38_143685_box_Incident_Summaries_173-233
Agency: Department of War
Page 100
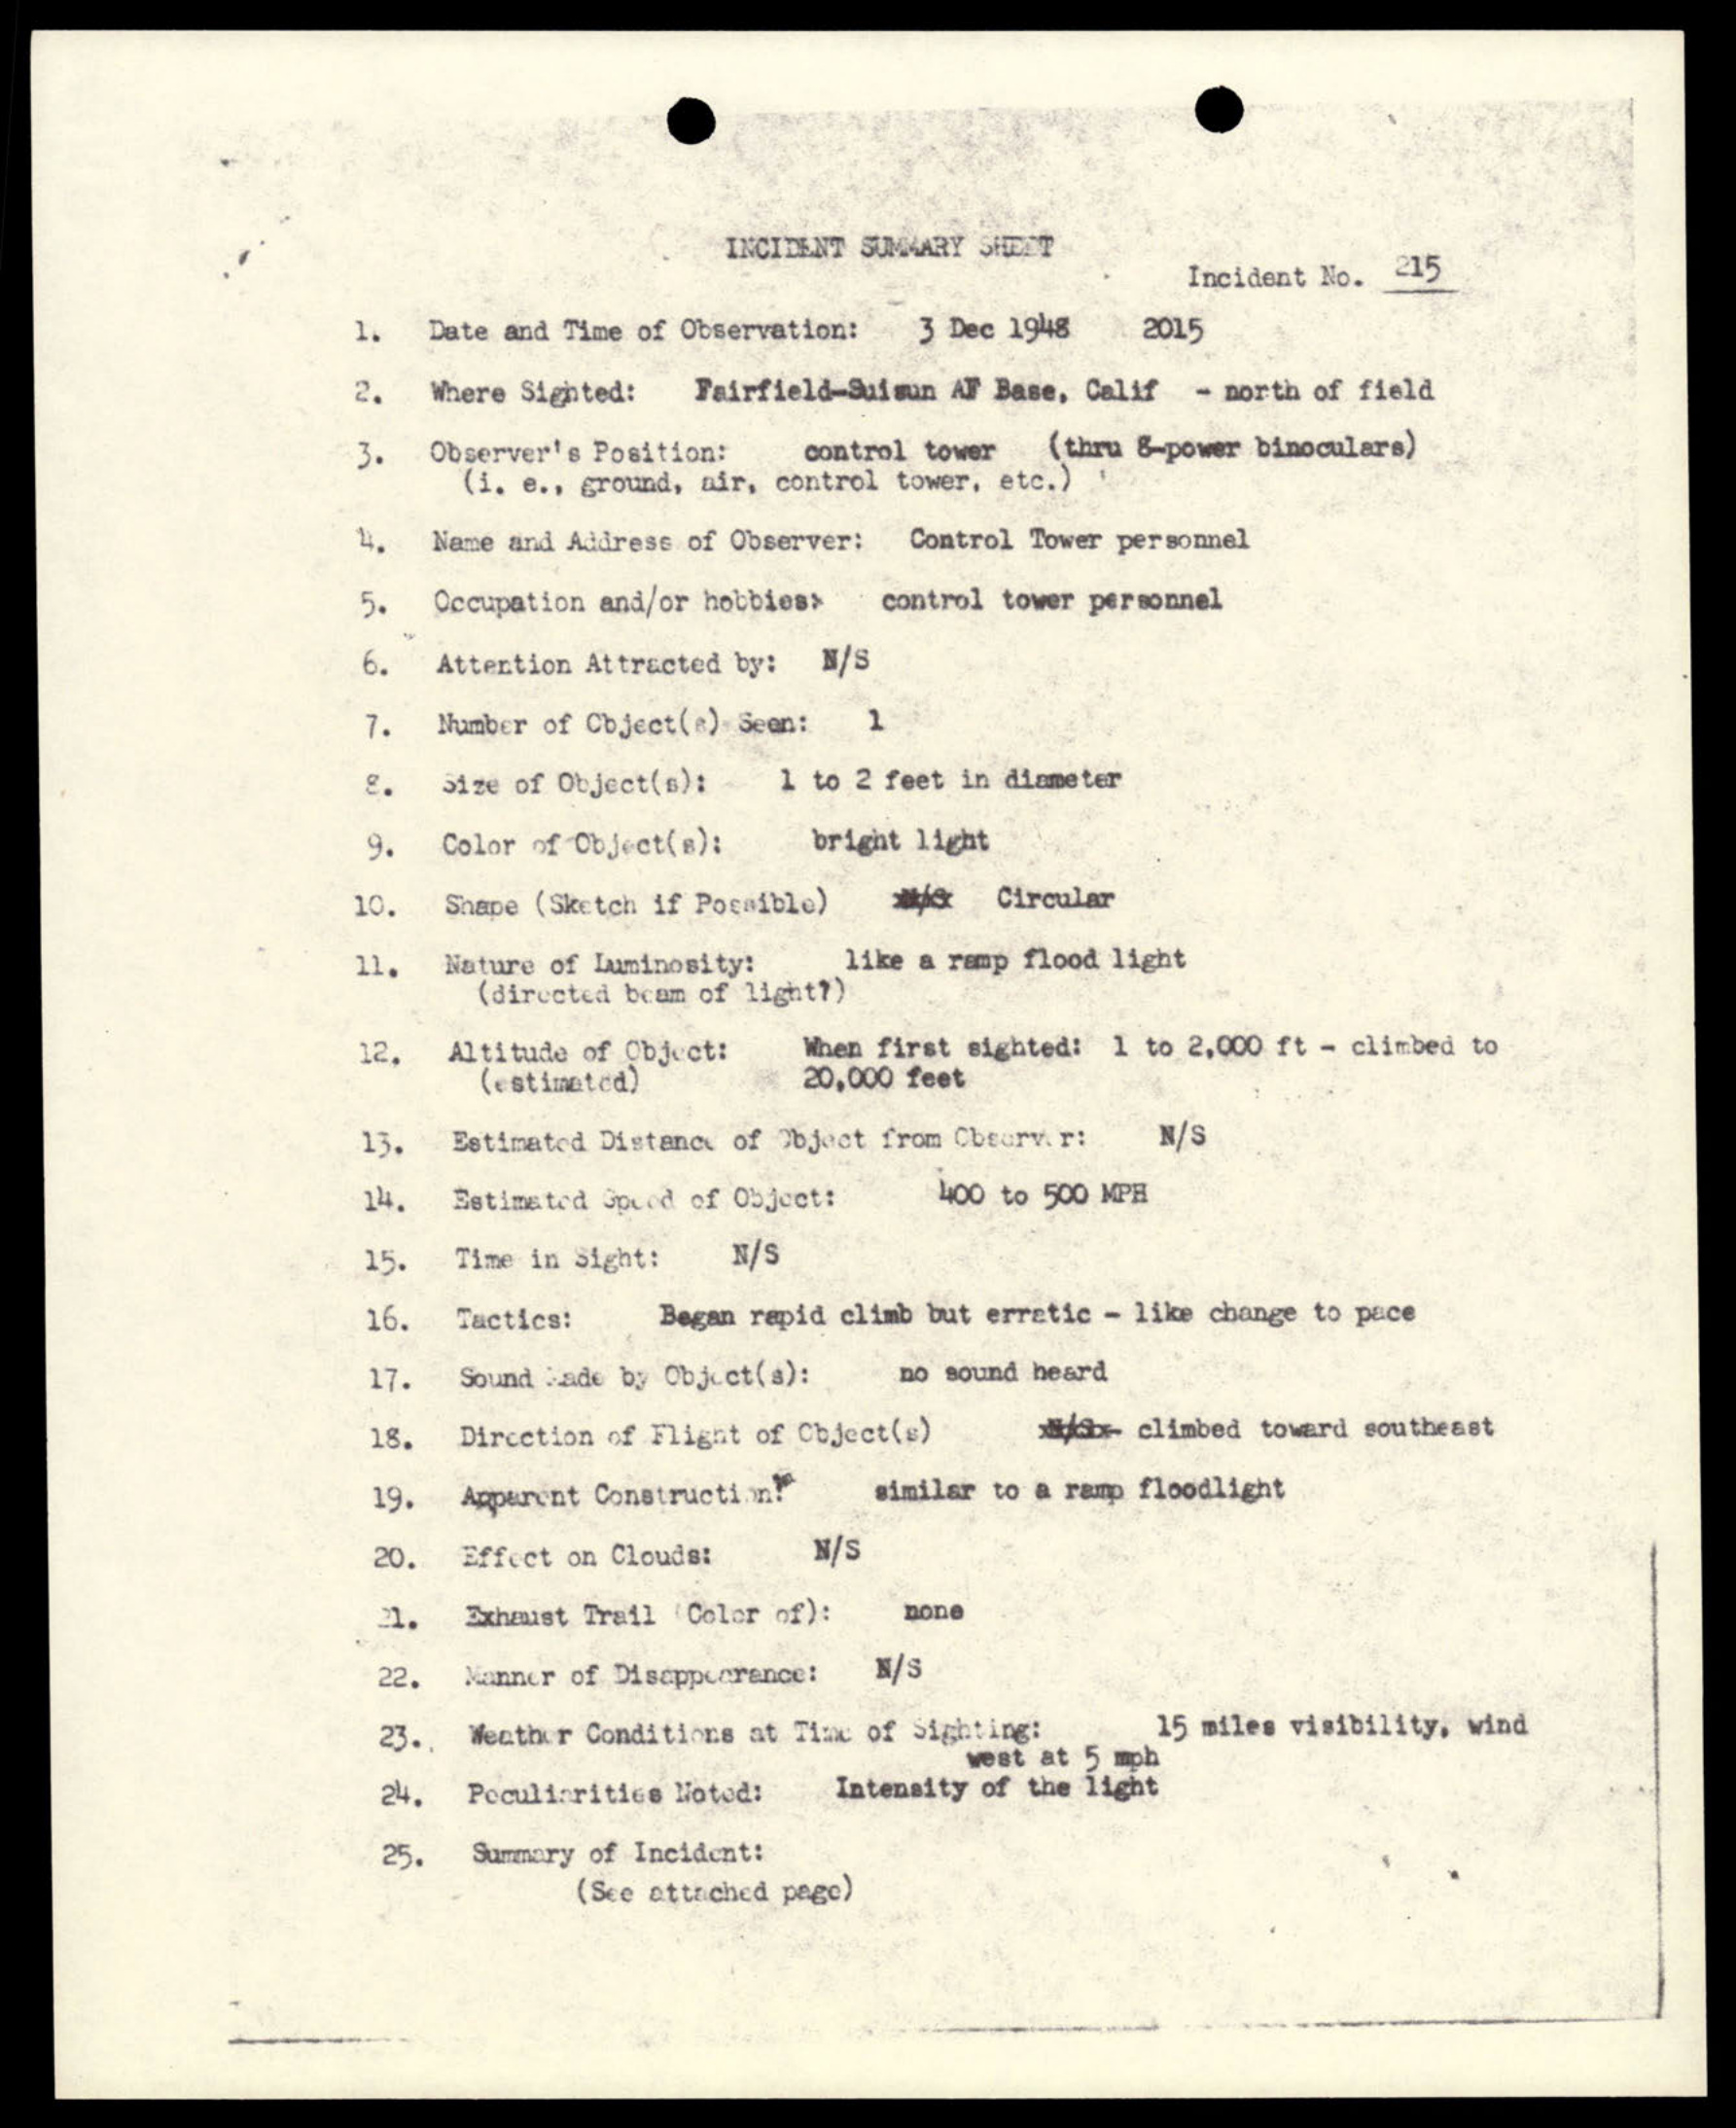